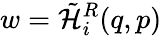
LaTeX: w=\tilde{{\cal H}}_{i}^{R}(q,p)